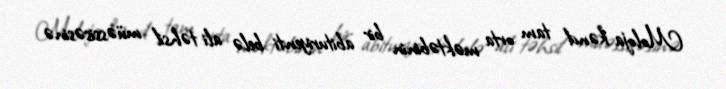
Moloja kənd tam orta məktəbinin bir abituriyenti belə ali təhsil müəssisəsinə